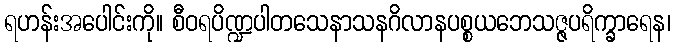
ရဟန်းအပေါင်းကို။ စီဝရပိဏ္ဍပါတသေနာသနဂိလာနပစ္စယဘေသဇ္ဇပရိက္ခာရေန၊